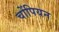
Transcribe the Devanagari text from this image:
चोंपियन